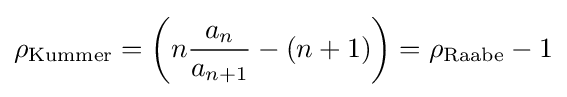
\rho _{\text{Kummer}}=\left(n{\frac {a_{n}}{a_{n+1}}}-(n+1)\right)=\rho _{\text{Raabe}}-1